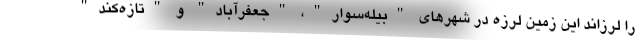
را لرزاند این زمین لرزه در شهرهای "بیله‌سوار"، "جعفرآباد" و "تازه‌کند"